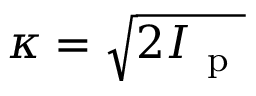
\kappa = \sqrt { 2 I _ { \mathrm { ~ p ~ } } }